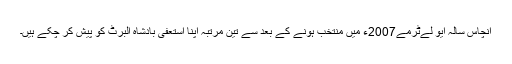
انچاس سالہ ایو لےٹرمے2007ء میں منتخب ہونے کے بعد سے تین مرتبہ اپنا استعفی بادشاہ البرٹ کو پیش کر چکے ہیں۔